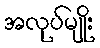
အလုပ်မျိုး